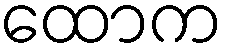
ထောက